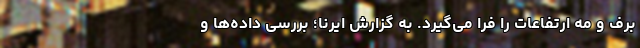
برف و مه ارتفاعات را فرا می‌گیرد. به گزارش ایرنا؛ بررسی داده‌ها و